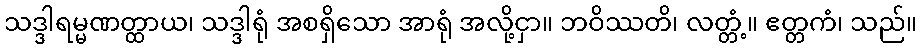
သဒ္ဒါရမ္မဏတ္ထာယ၊ သဒ္ဒါရုံ အစရှိသော အာရုံ အလို့ငှာ။ ဘဝိဿတိ၊ လတ္တံ့။ ဧတ္တကံ၊ သည်။